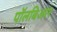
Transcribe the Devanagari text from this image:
पॉलबिअरर